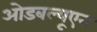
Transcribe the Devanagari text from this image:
ओडबल्यूएन